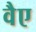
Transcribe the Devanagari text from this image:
वैए